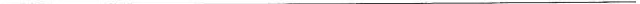
___